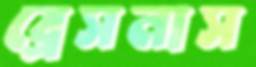
ব্রেসনাস